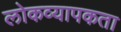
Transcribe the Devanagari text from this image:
लोकव्यापकता